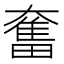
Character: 奮